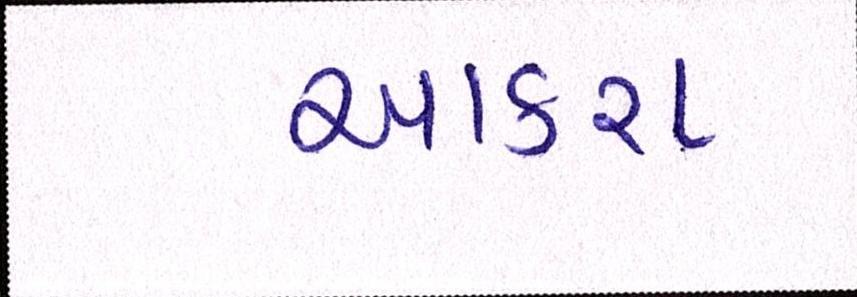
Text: આકરા